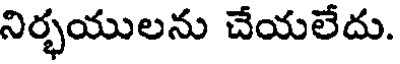
నిర్భయులను చేయలేదు.